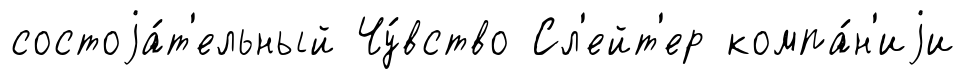
состоjа́т'ельный Чу́вство Сл'ейт'ер компа́н'иjи